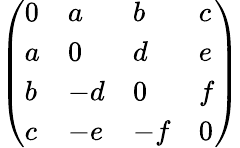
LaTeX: \left(\begin{array}{llll}{0}&{a}&{b}&{c}\\ {a}&{0}&{d}&{e}\\ {b}&{-d}&{0}&{f}\\ {c}&{-e}&{-f}&{0}\end{array}\right)